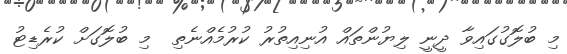
މި ބުލޮގުގައިވާ ދީނީ ލިޔުންތައް އުނިއިތުރު ކުރުމެއްނެތި  މި ބުލޮގަށް ކުރެޑިޓު